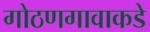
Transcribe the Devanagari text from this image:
गोठणगावाकडे